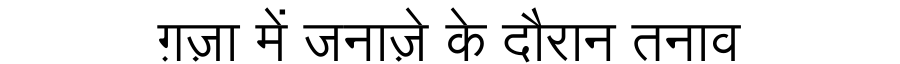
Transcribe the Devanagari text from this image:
ग़ज़ा में जनाज़े के दौरान तनाव